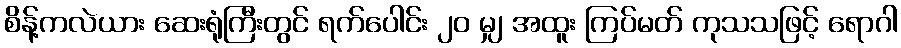
စိန့်ကလဲယား ဆေးရုံကြီးတွင် ရက်ပေါင်း ၂၀ မျှ အထူး ကြပ်မတ် ကုသသဖြင့် ရောဂါ